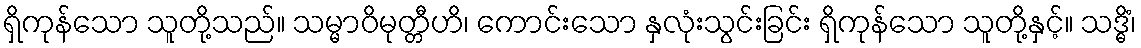
ရှိကုန်သော သူတို့သည်။ သမ္မာဝိမုတ္တီဟိ၊ ကောင်းသော နှလုံးသွင်းခြင်း ရှိကုန်သော သူတို့နှင့်။ သဒ္ဓိံ၊